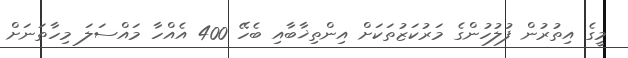
މީގެ އިތުރުން ފުލުހުންގެ މަރުކަޒުތަކަށް އިންތިޚާބާއި ބެހޭ 400 އެއްހާ މައްސަލަ މިހާތަނަށް